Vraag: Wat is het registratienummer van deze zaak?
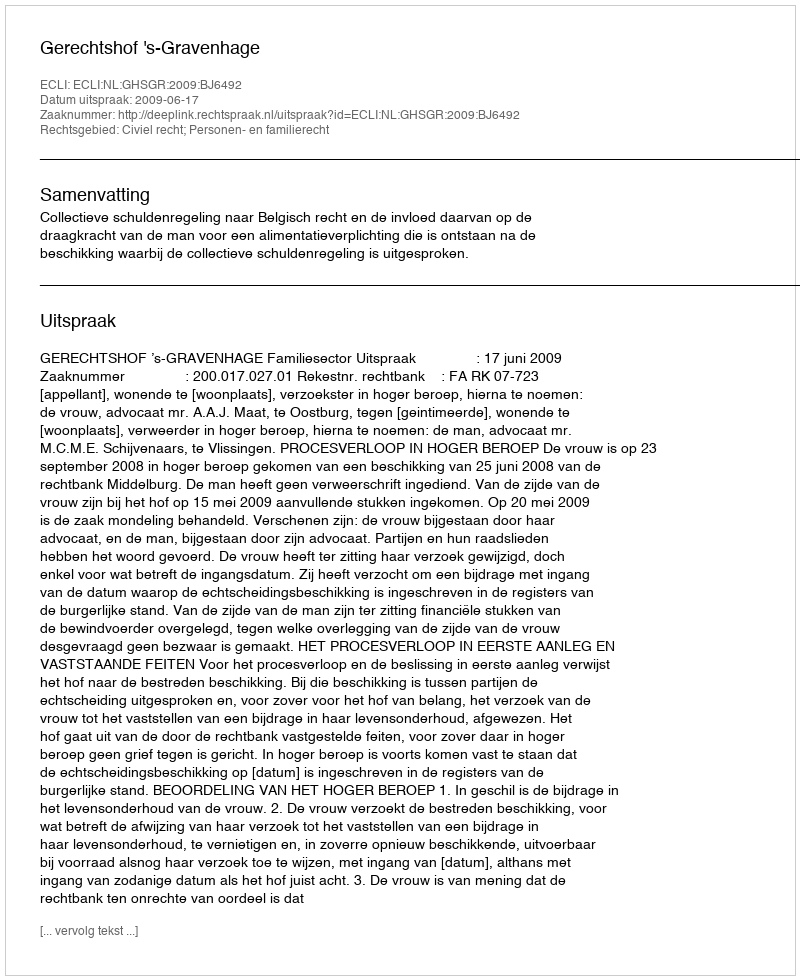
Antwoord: http://deeplink.rechtspraak.nl/uitspraak?id=ECLI:NL:GHSGR:2009:BJ6492